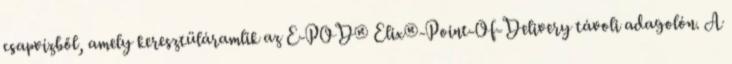
csapvízből, amely keresztüláramlik az E-POD® Elix®-Point-Of-Delivery távoli adagolón. A